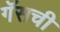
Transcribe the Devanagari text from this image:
गॅसची